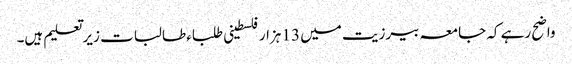
واضح رہے کہ جامعہ بیرزیت میں 13 ہزار فلسطینی طلباء طالبات زیرتعلیم ہیں۔